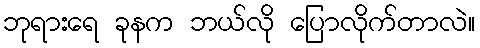
ဘုရားရေ ခုနက ဘယ်လို ပြောလိုက်တာလဲ။